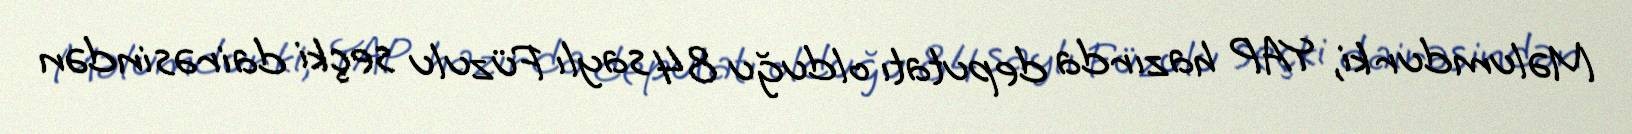
Məlumdur ki, YAP hazırda deputatı olduğu 84 saylı Füzulu seçki dairəsindən